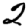
Digit: 2